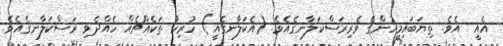
އެއީ  އެވެ. ތިޔަބައިމީހުންގެ ވެރިރަސްކަލާނގެއެވެ. (އެކަލާނގެއީ) ހުރިހާ ތަކެއްޗެއް ހެއްދެވި ރަސްކަލާނގެއެވެ.